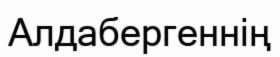
Алдабергеннің